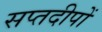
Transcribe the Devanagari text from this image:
सप्तदीपों